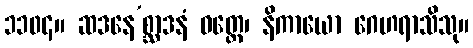
၁၁၀၄။ ဆဒနေ’စ္ဆာဒနံ ဝတ္ထေ၊ နိကာယော ဂေဟရာသိသု။